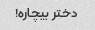
دختر بیچاره!